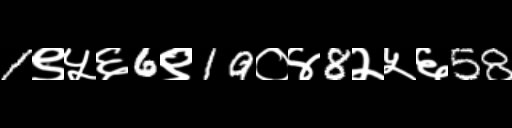
Text: 1९५६6९19०४8२५६58